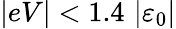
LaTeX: \vert eV\vert<1.4\, \left\vert\varepsilon_{0}\right\vert